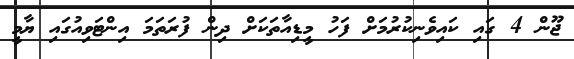
ޖޫން 4 ގައި ކައިވެނިކުރުމަށް ފަހު މީޑިއާތަކަށް ދިން ފުރަތަމަ އިންޓަވިއުގައި ޔާމީ